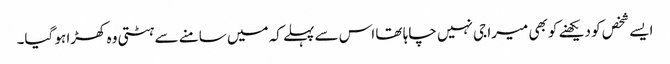
ایسے شخص کو دیکھنے کو بھی میرا جی نہیں چاہا تھا اس سے پہلے کہ میں سامنے سے ہٹتی وہ کھڑا ہو گیا۔